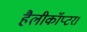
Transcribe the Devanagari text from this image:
हैलीकॉप्टर।